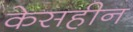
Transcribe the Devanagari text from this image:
केसहीन